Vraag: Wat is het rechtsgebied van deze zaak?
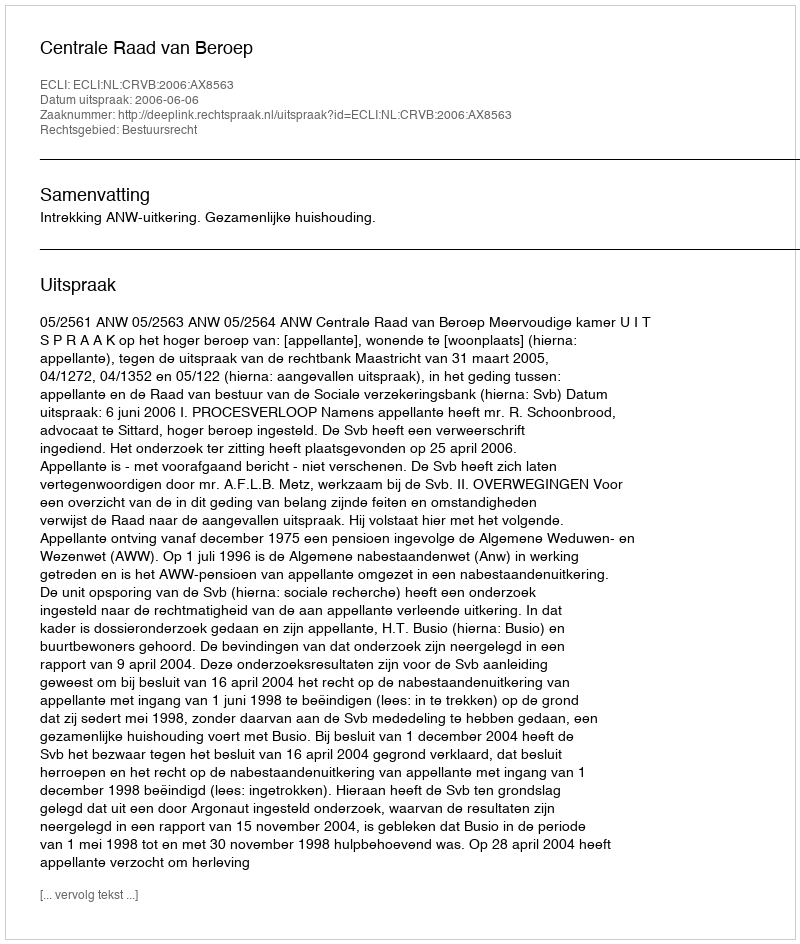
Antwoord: Bestuursrecht